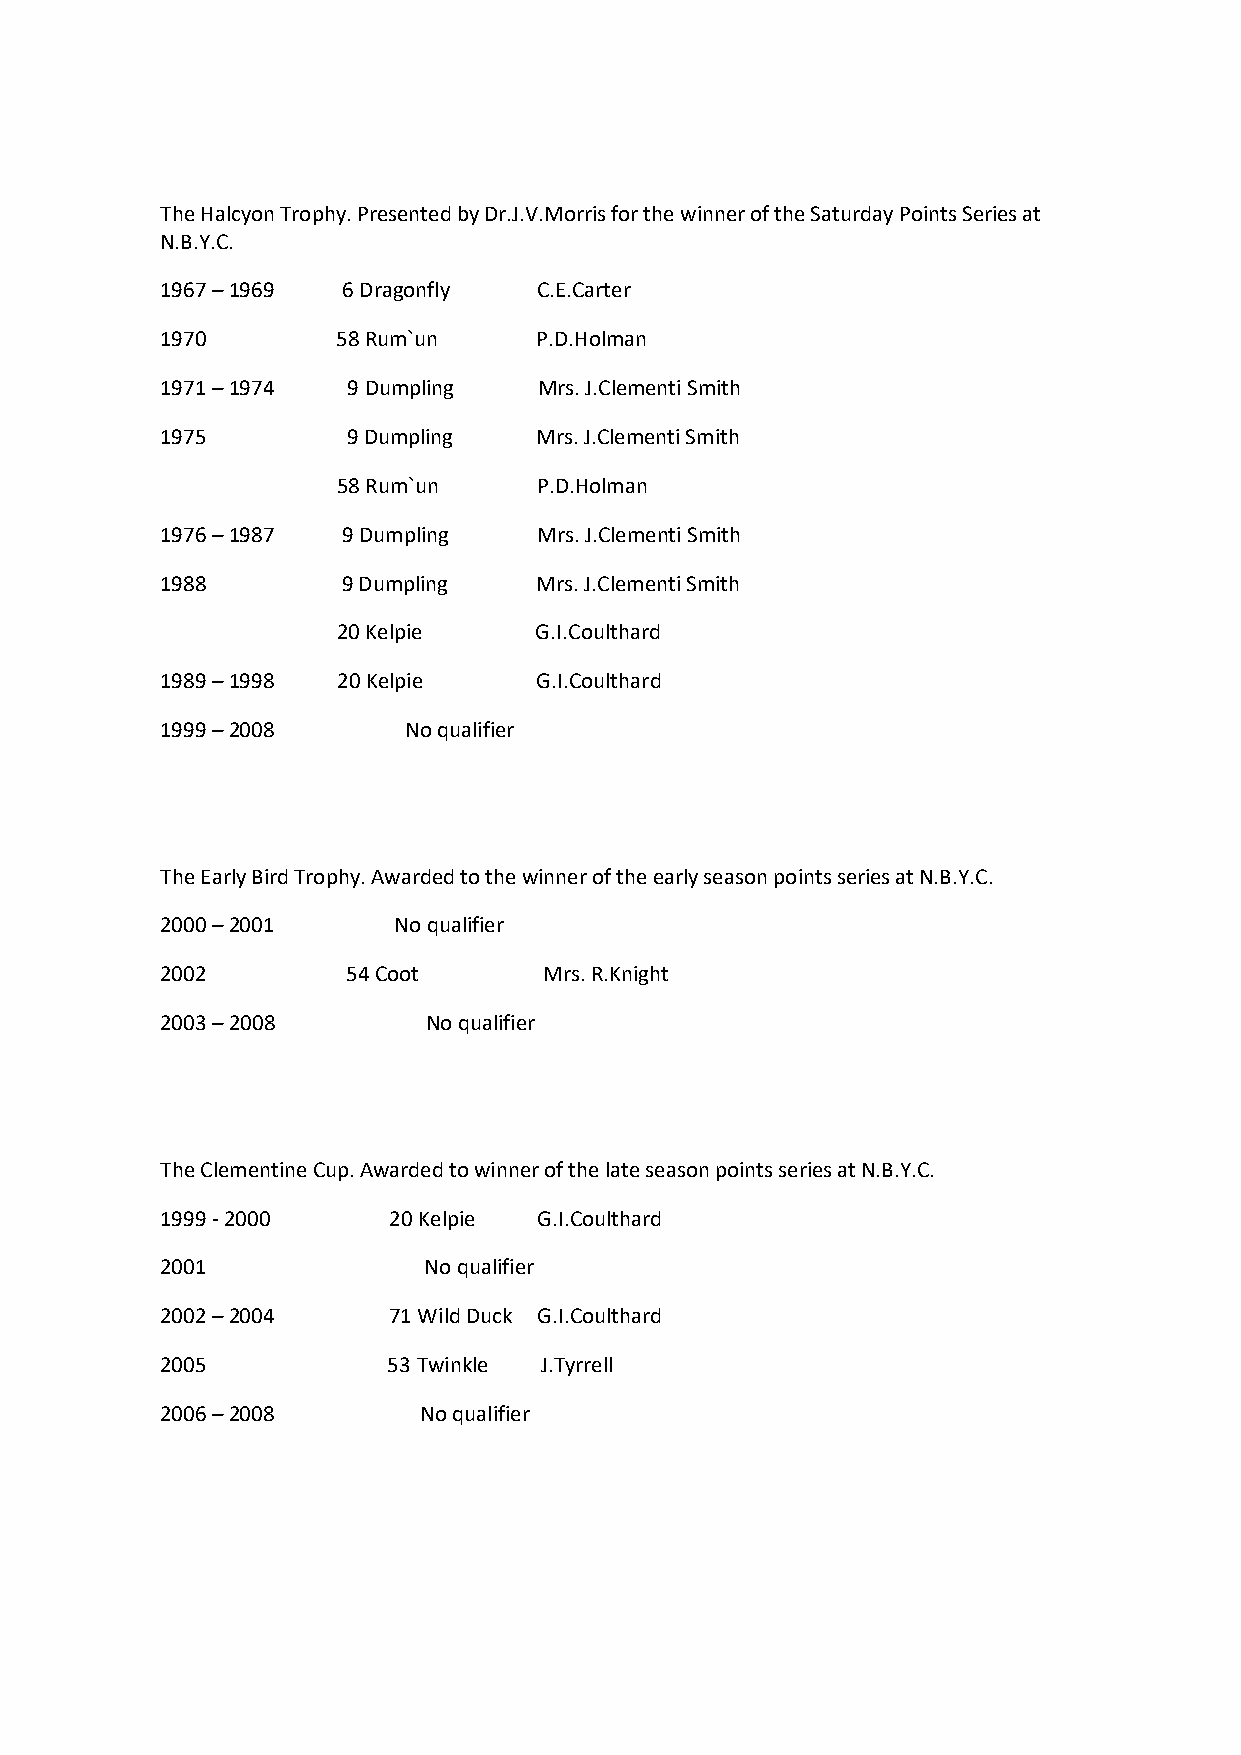
The Halcyon Trophy. Presented by Dr.J.V.Morris for the winner of the Saturday Points Series at
 N.B.Y.C.
 1967 – 1969 6 Dragonfly  C.E.Carter
 1970       58 Rum`un     P.D.Holman
 1971 – 1974 9 Dumpling   Mrs. J.Clementi Smith
 1975        9 Dumpling  Mrs. J.Clementi Smith
 58 Rum`un     P.D.Holman
 1976 – 1987 9 Dumpling   Mrs. J.Clementi Smith
 1988        9 Dumpling  Mrs. J.Clementi Smith
 20 Kelpie    G.I.Coulthard
 1989 – 1998 20 Kelpie    G.I.Coulthard
 1999 – 2008     No qualifier
 The Early Bird Trophy. Awarded to the winner of the early season points series at N.B.Y.C.
 2000 – 2001    No qualifier
 2002        54 Coot      Mrs. R.Knight
 2003 – 2008      No qualifier
 The Clementine Cup. Awarded to winner of the late season points series at N.B.Y.C.
 1999 - 2000    20 Kelpie G.I.Coulthard
 2001             No qualifier
 2002 – 2004    71 Wild Duck G.I.Coulthard
 2005           53 Twinkle J.Tyrrell
 2006 – 2008      No qualifier